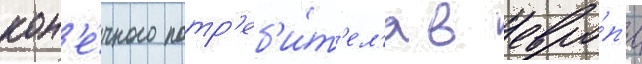
кон'е́чного потр'еб'и́т'ел'я в евро́п'е